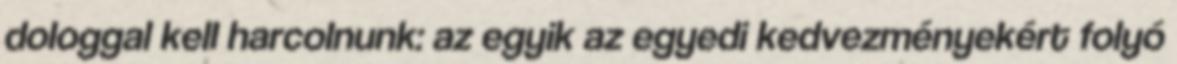
dologgal kell harcolnunk: az egyik az egyedi kedvezményekért folyó